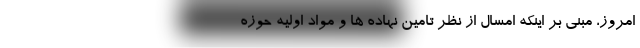
امروز، مبنی بر اینکه امسال از نظر تامین نهاده ها و مواد اولیه حوزه